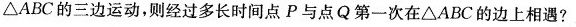
△ABC的三边运动，则经过多长时间点P与点Q第一次在△ABC的边上相遇?